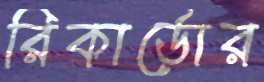
রিকার্ডোর